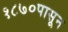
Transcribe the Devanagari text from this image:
१८७०पासून